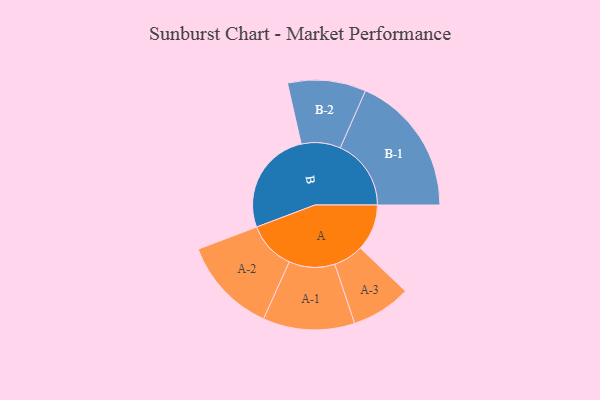
{"axis": {"x": "Segment", "y": "Value"}, "legend": ["", "A", "B"], "data": [{"x": "A", "y": 181, "type": ""}, {"x": "B", "y": 407, "type": ""}, {"x": "A-1", "y": 178, "type": "A"}, {"x": "A-2", "y": 187, "type": "A"}, {"x": "A-3", "y": 116, "type": "A"}, {"x": "B-1", "y": 275, "type": "B"}, {"x": "B-2", "y": 152, "type": "B"}]}